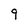
Character: 9